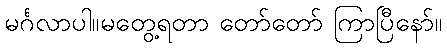
မင်္ဂလာပါ။မတွေ့ရတာ တော်တော် ကြာပြီနော်။